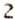
2